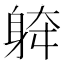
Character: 𨉀